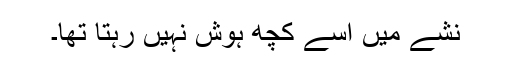
نشے میں اُسے کچھ ہوش نہیں رہتا تھا۔